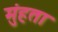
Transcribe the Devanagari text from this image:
मुंहता